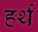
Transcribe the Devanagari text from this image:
हर्थ